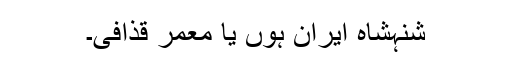
شنہشاہ ایران ہوں یا معمر قذافی۔